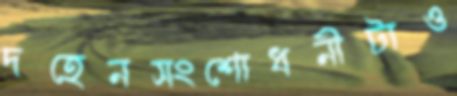
দহেনসংশোধনীটাও